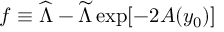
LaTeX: f \equiv { \widehat \Lambda } - { \widetilde \Lambda } \exp [ - 2 A ( y _ { 0 } ) ]